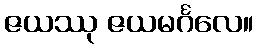
ဇယဿု ဇယမင်္ဂလေ။